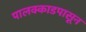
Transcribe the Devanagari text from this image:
पालक्काडपासून